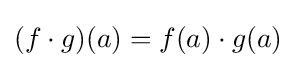
(f\cdot g)(a)=f(a)\cdot g(a)